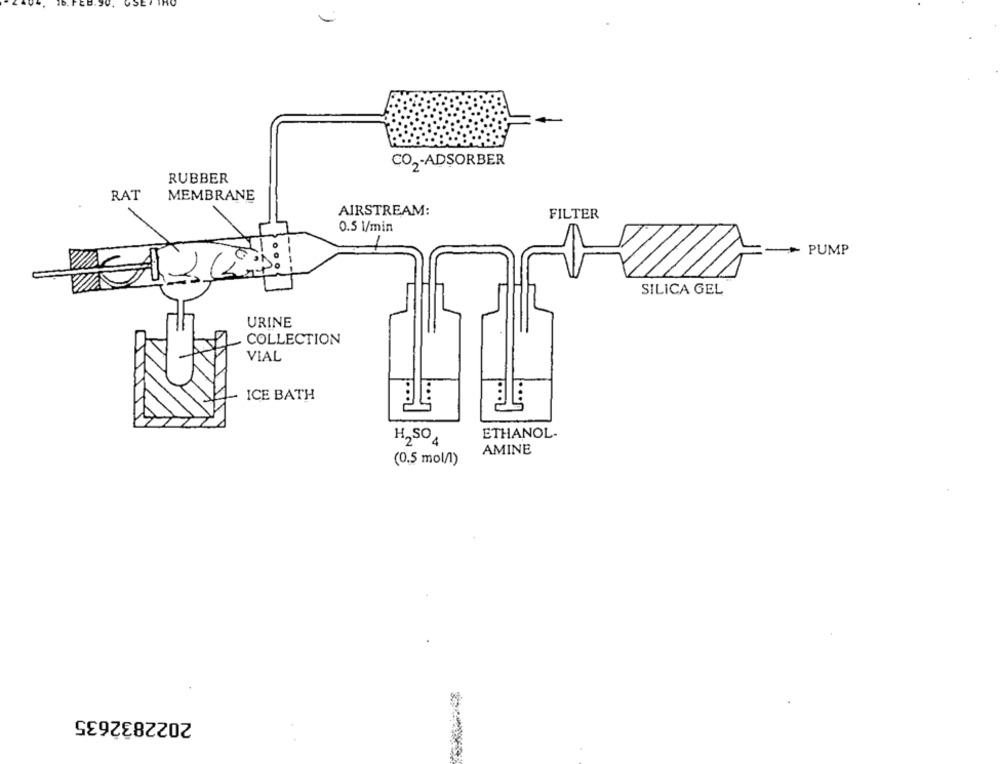
CO2-ADSORBER
RUBBER
RAT
MEMBRANE
AIRSTREAM:
FILTER
0.5 l/min
+ PUMP
SILICA GEL
URINE
COLLECTION
VIAL
ICE BATH
ETHANOL-
H,SO
AMINE
(0.5 mol/1)
2022832635